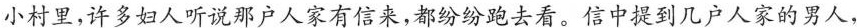
小村里,许多妇人听说那户人家有信来,都纷纷跑去看。信中提到几户人家的男人，